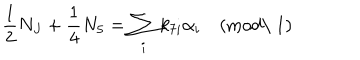
{ \frac { 1 } { 2 } } N _ { J } + { \frac { 1 } { 4 } } N _ { 5 } = \sum _ { i } k _ { 7 i } \alpha _ { i } \quad ( \mathrm { m o d \ 1 } )